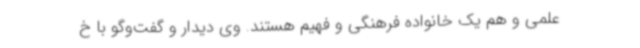
علمی و هم یک خانواده فرهنگی و فهیم هستند. وی دیدار و گفت‌وگو با خ